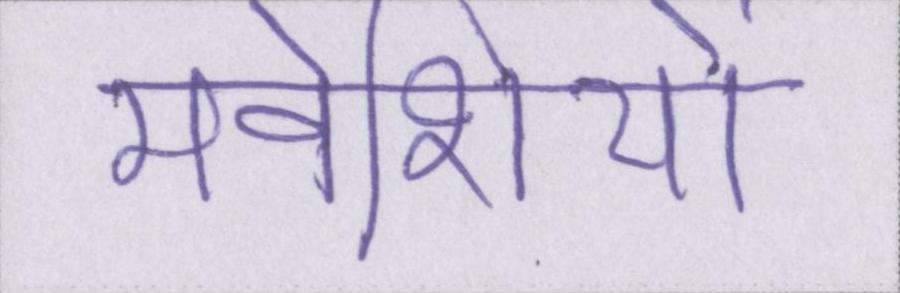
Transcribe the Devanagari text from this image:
मवेशियों